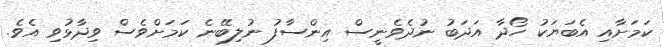
ކަމަށާއި އެބަޔަކު ހޯދާ އަދަބު ނުދެވެނީސް އިންސާފު ނުލިބޭނެ ކަމަށްވެސް ވިދާޅުވި އެވެ.